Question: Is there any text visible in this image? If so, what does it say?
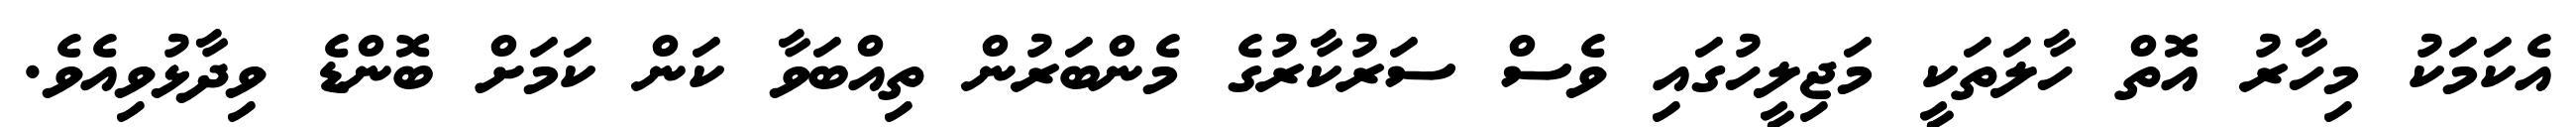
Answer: އެކަމަކު މިހާރު އޮތް ހާލަތަކީ މަޖިލީހުގައި ވެސް ސަރުކާރުގެ މެންބަރުން ތިއްބަވާ ކަން ކަމަށް ބޮންޑެ ވިދާޅުވިއެވެ.